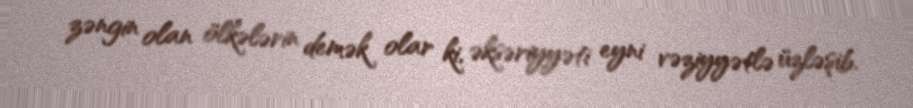
zəngin olan ölkələrin demək olar ki, əksəriyyəti eyni vəziyyətlə üzləşib.